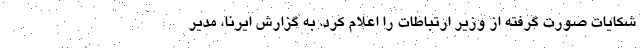
شکایات صورت گرفته از وزیر ارتباطات را اعلام کرد. به گزارش ایرنا، مدیر